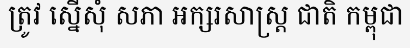
ត្រូវ ស្នើសុំ សភា អក្សរសាស្ត្រ ជាតិ កម្ពុជា